Lunatic asylums Madras 1892-1911 - 1892-1911
Year: 1892
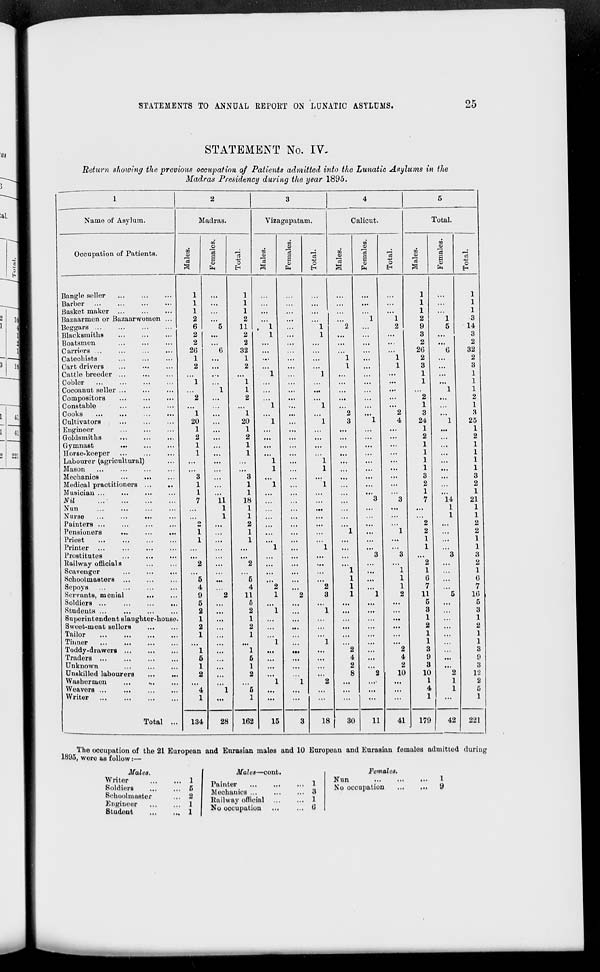
STATEMENTS TO ANNUAL REPORT ON LUNATIC ASYLUMS.
25
STATEMENT No. IV-
Return showing the previous occupation of Patients admitted into the Lunatic Asylums in the
Madras Presidency during the year 1895.
1
2
3
4
5
i
Name of Asylum.
Madras.
Vizagapatam.
Calicut.
Total.
00
m
to
DO
0
£
0
<D
; 1
Occupation of Patients.
CO
s
13
13
S
V
fa
"■3
0
E-i
13
"3
S
fa
13
0
BO
"3
a
fa
13 43
O
09
"3
3
13
S
(0
fa
13
0
Bangle seller
Barber
Basket maker ...
1
1
1
1
1
1
...
...
• ••
...
1
1
1
...
1
1
1
lol
Bazaarmon or Bazaarwomen ...
2
2
...
1
1
2
1
3
Beggars ...
6
5
11 , 1
1
2
2
9
5
14
Blacksmiths
2
...
2
1
...
1
...
3
...
3
Boatsmen
2
2
...
...
2
...
2
Carriers ...
...
26
6
32
...
26
6
32
Catechists
1
1
...
1
1
2
...
2
«
Cart drivers
2
2
I
1
3
3
Cattle breeder ...
1
1
...
1
1
Cobler
...
1
1
...
1
...
1
Cocoanut seller ...
1
1
• ••
...
1
1
Compositors
2
...
2
...
...
...
2
...
2
Constable
1
1
...
1
...
1
1
Cooks
...
...
...
...
1
1
...
2
...
2
3
...
3
Cultivators
20
20
1
1
3
1
4
24
1
25
4«
Engineer
1
1
...
1
...
1
Goldsmiths
2
2
...
2
2
Gymnast
...
1
1
...
...
...
...
...
1
...
1
2211
Horse-keeper
1
...
1
...
...
...
...
...
1
...
1
Labourer (agricultural)
...
...
1
1
...
...
1
...
1
Mason
1
1
...
1
...
1
Mechanics
...
...
3
3
...
...
3
3
Medical practitioners
1
1
1
1
...
2
2
Musician ...
1
1
...
...
1
1
Nil
...•
7
11
18
...
3
3
7
14
21
Nun
1
1
...
tit
...
...
1
1
Nurse
...
1
1
...
...
1
1
Painters ...
o
2
2
2
Pensioners
...
...
...
1
...
1
...
" 1
1
2
2
Priest
1
1
...
...
1
...
1
Printer
...
1
...
"l
1
1
Prostitutes
...
...
...
3
3
3
8
Railway officials
2
' 2
...
2
...
2
Scavenger
1
...
1
1
1
Schoolmasters ...
5
5
.1.
1
1
6
6
Sepoys
4
4
2
2
1
1
7
7
Servants, menial
...
9
2
11
1
2
3
1
1
2
11
5
16
Soldiers ...
5
...
6
...
...
5
5
Students ...
2
...
2
" 1
...
1
3
3
Superintendent slaughter-house.
1
1
...
1
...
1
Sweet-moat sellers
2
2
...
2
2
Tailor
1
1
1
1
Tinner
...
...
...
1
1
...
1
1
Toddy-drawers ...
1
"l
»t
2
2
3
3
Traders ...
5
5
...
4
...
4
9
...
9
Unknown
1
1
...
2
2
3
3
Unskilled labourers
2
2
...
8
2 1
10
10
2
12
Washermen
1
1
2
1
1
2
Weavers ...
...
"4
"l
"5
...
4
1
5
Writer
Total ...
1
1
...
...
...
...
...
1
...
1
134
28
162
15
3
18
30
11
41
179
42
221
The occupation of the 21 European and Enrasian males and 10 European and Eurasian fomalos admitted during
1895, wore as follow:—
Males.
Writer
Soldiers
School master
Engineer
Student
1
5
2
I
Males—cont.
Painter
Mechanics ...
Railway official
No occupation
1
3
1
6
Females,
Nun
...
.
No occupation
1
9